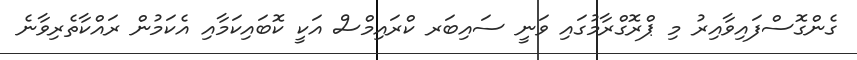
ގެންގޮސްފައިވާއިރު މި ޕްރޮގްރާމުގައި ވަނީ ސައިބަރ ކްރައިމްސް އަކީ ކޮބައިކަމާއި އެކަމުން ރައްކާތެރިވާނެ